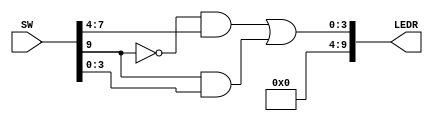
module mux1(SW,LEDR);

input [9:0] SW; // slide switches
output [9:0] LEDR; // red LEDs
wire [7:0] x,y,m;
assign s= SW[9];
assign x [3:0] = SW[7:4];
assign y [3:0] = SW[3:0];
assign m [3:0] = (~s & x[3:0]) | (s & y[3:0]);
assign LEDR [3:0] = m[3:0];
assign LEDR [9:4] = 0;

endmodule